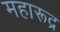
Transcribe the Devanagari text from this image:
महारूद्र